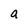
Character: a